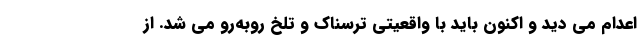
اعدام می دید و اکنون باید با واقعیتی ترسناک و تلخ روبه‌رو می شد. از